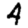
Digit: 4